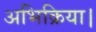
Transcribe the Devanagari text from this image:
अभिक्रिया।